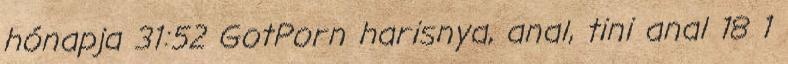
hónapja 31:52 GotPorn harisnya, anal, tini anal 18 1